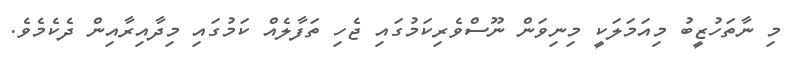
މި ނާތަހުޒީބު މިއަމަލަކީ މިނިވަން ނޫސްވެރިކަމުގައި ޖެހި ތަފާލެއް ކަމުގައި މިދާއިރާއިން ދެކެމެވެ.